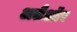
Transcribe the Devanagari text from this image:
अलैऑर